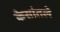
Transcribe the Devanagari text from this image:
केसांतले